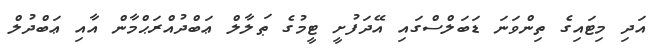
އަދި މިޓައިގެ ތިންވަނަ ޑަބަލްސްގައި އޭދަފުށީ ޓީމުގެ ޠަލާލް ޢަބްދުއްރަޙްމާން އާއި ޢަބްދުލް